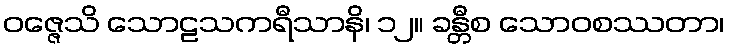
ဝဇ္ဇေသိ သောဠသကရီသာနိ၊ ၁၂။ ခန္တီစ သောဝစဿတာ၊